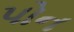
પોન